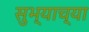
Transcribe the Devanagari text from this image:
सुभ्याच्या